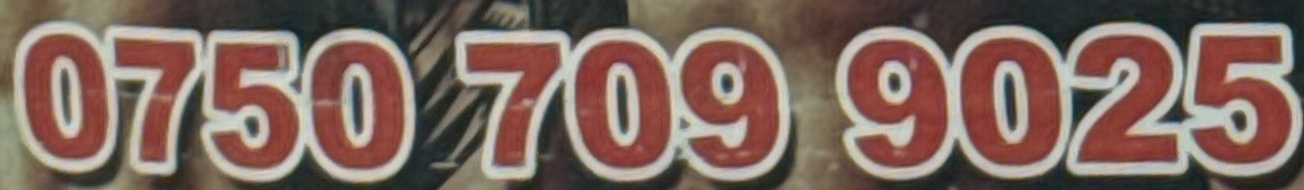
0750 709 9025